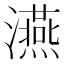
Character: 𤃇